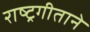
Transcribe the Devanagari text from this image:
राष्ट्रगीताने